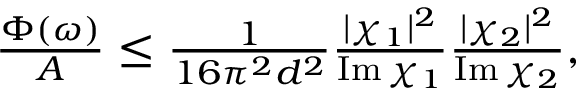
\begin{array} { r } { \frac { \Phi ( \omega ) } { A } \leq \frac { 1 } { 1 6 \pi ^ { 2 } d ^ { 2 } } \frac { | \chi _ { 1 } | ^ { 2 } } { \operatorname { I m } \chi _ { 1 } } \frac { | \chi _ { 2 } | ^ { 2 } } { \operatorname { I m } \chi _ { 2 } } , } \end{array}